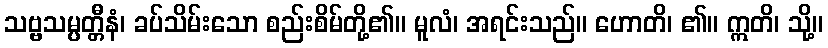
သဗ္ဗသမ္ပတ္တီနံ၊ ခပ်သိမ်းသော စည်းစိမ်တို့၏။ မူလံ၊ အရင်းသည်။ ဟောတိ၊ ၏။ ဣတိ၊ သို့။